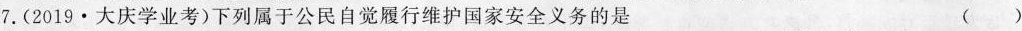
(2019·大庆学业考)下列属于公民自觉履行维护国家安全义务的是( )